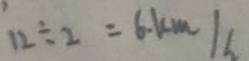
1 2 \div 2 = 6 k m / h